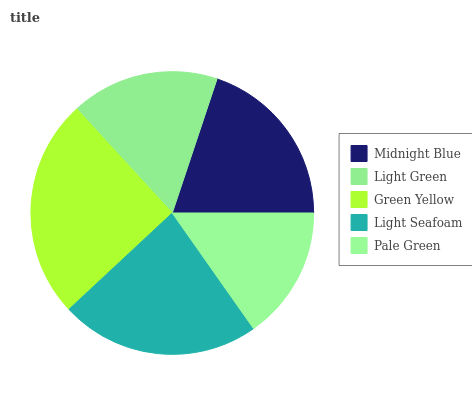
| Midnight Blue | Light Green | Green Yellow | Light Seafoam | Pale Green |
 | --- | --- | --- | --- | --- |
 | 19.9% | 16.9% | 25.2% | 22.8% | 15.3% |